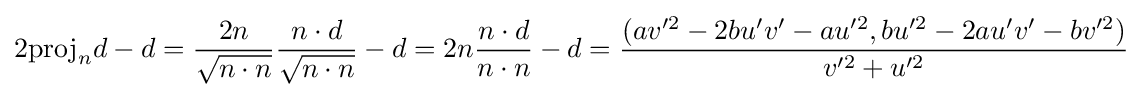
2{\mbox{proj}}_{n}d-d={\frac {2n}{\sqrt {n\cdot n}}}{\frac {n\cdot d}{\sqrt {n\cdot n}}}-d=2n{\frac {n\cdot d}{n\cdot n}}-d={\frac {(av'^{2}-2bu'v'-au'^{2},bu'^{2}-2au'v'-bv'^{2})}{v'^{2}+u'^{2}}}